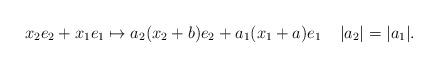
LaTeX: \begin{align*}x_2 e_2+x_1 e_1\mapsto a_2(x_2 +b) e_2+ a_1 (x_1+a) e_1\;\; \;\; |a_2|=|a_1|.\end{align*}